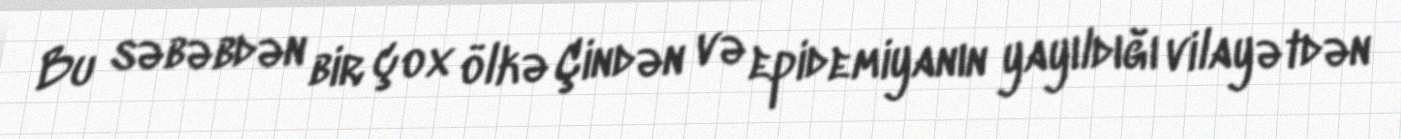
Bu səbəbdən bir çox ölkə Çindən və epidemiyanın yayıldığı vilayətdən